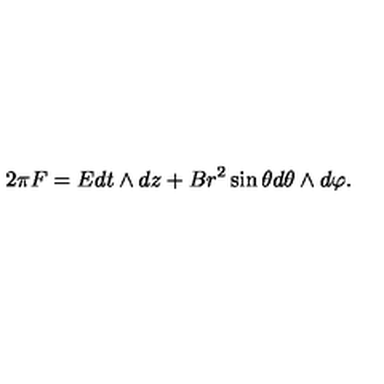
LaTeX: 2 \pi F = E d t \land d z + B r ^ { 2 } \sin \theta d \theta \land d \varphi .